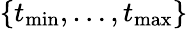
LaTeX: \{ t_{\operatorname*{min}},\dots,t_{\operatorname*{max}}\}